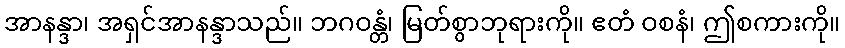
အာနန္ဒာ၊ အရှင်အာနန္ဒာသည်။ ဘဂဝန္တံ၊ မြတ်စွာဘုရားကို။ ဧတံ ဝစနံ၊ ဤစကားကို။